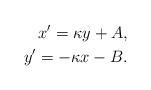
LaTeX: \begin{align*}x' = \kappa y+A,\\y' = -\kappa x-B. \end{align*}